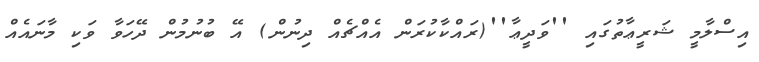
އިސްލާމީ ޝަރީޢާތުގައި ''ވަދީޢާ''(ރައްކާކުރަން އެއްޗެއް ދިނުން) އޭ ބުނުމުން ދޭހަވާ ވަކި މާނައެއް